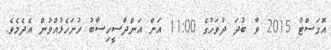
އޮގަސްޓު 2015 ވާ ބުދަ ދުވަހުގެ 11:00 އަށް އަންދާސީހިސާބު ހުށަހެޅުއްވުން އެދެމެވެ.